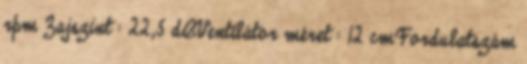
rpm Zajszint : 22,5 dBVentilátor méret : 12 cmFordulatszám